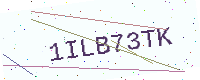
Text: 1ILB73TK